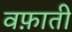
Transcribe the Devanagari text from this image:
वफ़ाती